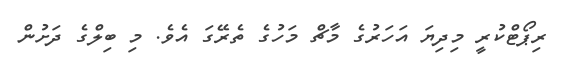
ރިޕޯޓްކުރީ މިދިޔަ އަހަރުގެ މާޗް މަހުގެ ތެރޭގަ އެވެ. މި ބިލްގެ ދަށުން